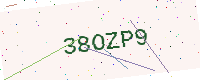
Text: 38OZP9